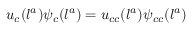
u _ { c } ( l ^ { a } ) \psi _ { c } ( l ^ { a } ) = u _ { c c } ( l ^ { a } ) \psi _ { c c } ( l ^ { a } )